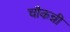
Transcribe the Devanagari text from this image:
चौकन्नी